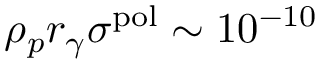
\rho _ { p } r _ { \gamma } \sigma ^ { \mathrm { p o l } } \sim 1 0 ^ { - 1 0 }